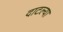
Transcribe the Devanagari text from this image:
दाटल्या